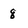
Character: 8